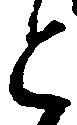
と